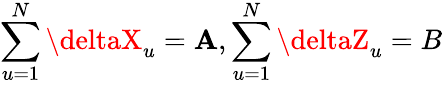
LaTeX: \sum_{u=1}^{N}\deltaX_{u}=\mathbf{A},\sum_{u=1}^{N}\deltaZ_{u}=B